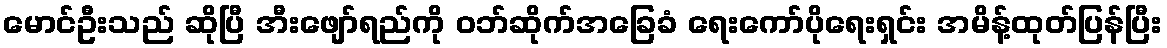
မောင်ဦးသည် ဆိုပြီ အီးဖျော်ရည်ကို ဝဘ်ဆိုက်အခြေခံ ရေးကော်ပိုရေးရှင်း အမိန့်ထုတ်ပြန်ပြီး